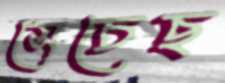
সেচেছ